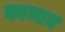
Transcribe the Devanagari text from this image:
काव्यम